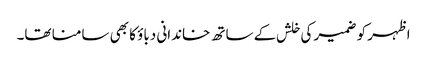
اظہر کو ضمیر کی خلش کے ساتھ خاندانی دباؤ کا بھی سامنا تھا۔